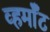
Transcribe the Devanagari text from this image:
व्हर्मॉँट